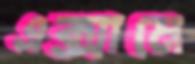
এক্সামে